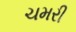
ચમરી